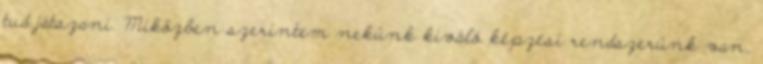
tud játszani. Miközben szerintem nekünk kiváló képzési rendszerünk van,